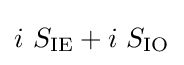
i\ S_{\mathrm {IE} }+i\ S_{\mathrm {IO} }